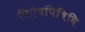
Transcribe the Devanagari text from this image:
पिऐचपिबिबि